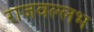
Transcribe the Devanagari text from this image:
राजवल्‍लभ